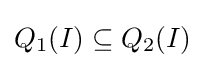
Q_{1}(I)\subseteq Q_{2}(I)